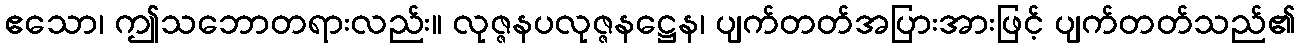
ဧသော၊ ဤသဘောတရားလည်း။ လုဇ္ဇနပလုဇ္ဇနဋ္ဌေန၊ ပျက်တတ်အပြားအားဖြင့် ပျက်တတ်သည်၏